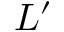
L ^ { \prime }